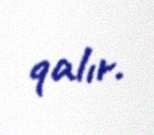
qalır.